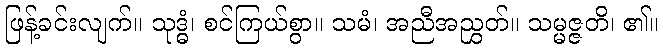
ဖြန့်ခင်းလျက်။ သုဒ္ဓံ၊ စင်ကြယ်စွာ။ သမံ၊ အညီအညွှတ်။ သမ္မဇ္ဇတိ၊ ၏။